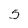
Character: 5